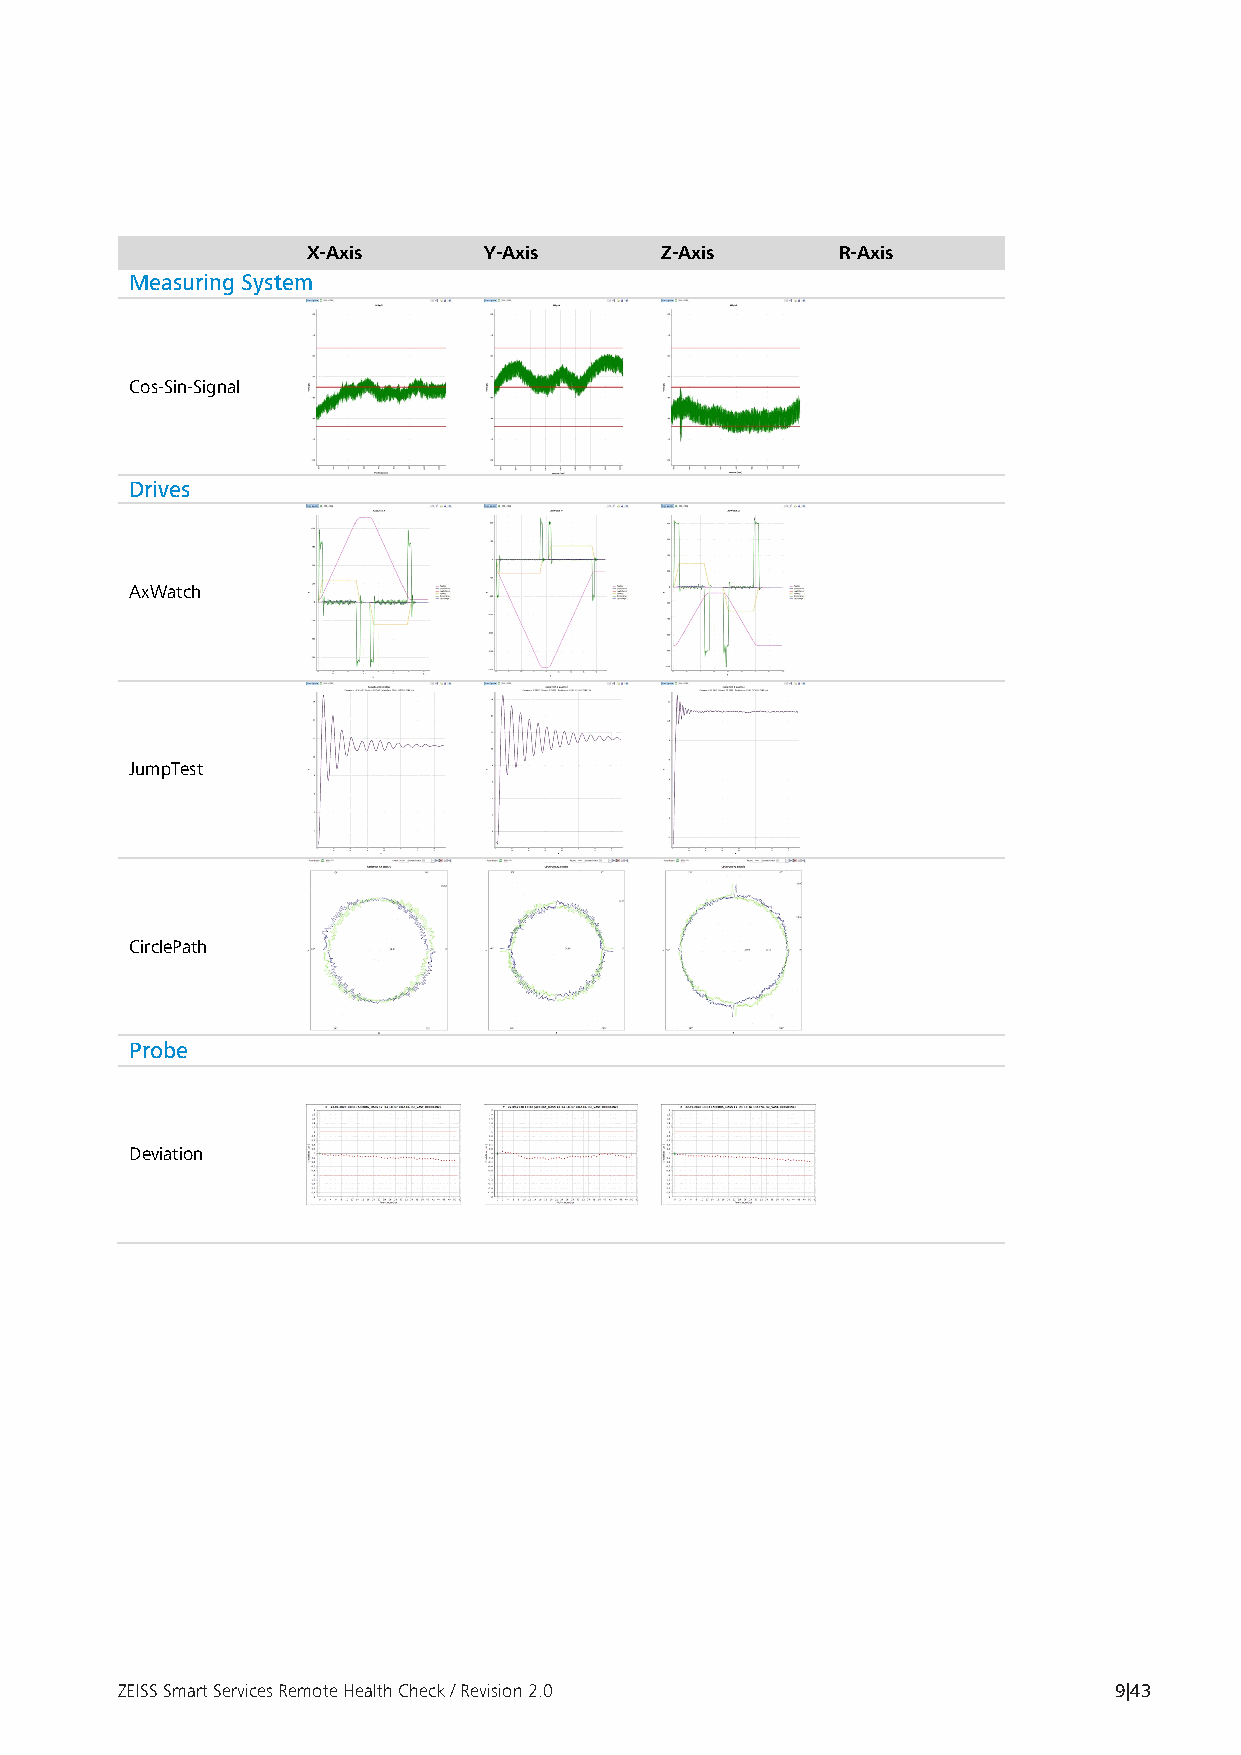
X-Axis      Y-Axis      Z-Axis     R-Axis
 Measuring System
 Cos-Sin-Signal
 Drives
 AxWatch
 JumpTest
 CirclePath
 Probe
 Deviation
 ZEISS Smart Services Remote Health Check / Revision 2.0           9|43